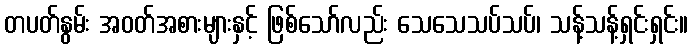
တပတ်နွမ်း အဝတ်အစားများနှင့် ဖြစ်သော်လည်း သေသေသပ်သပ်၊ သန့်သန့်ရှင်းရှင်း။